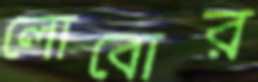
লোবোর